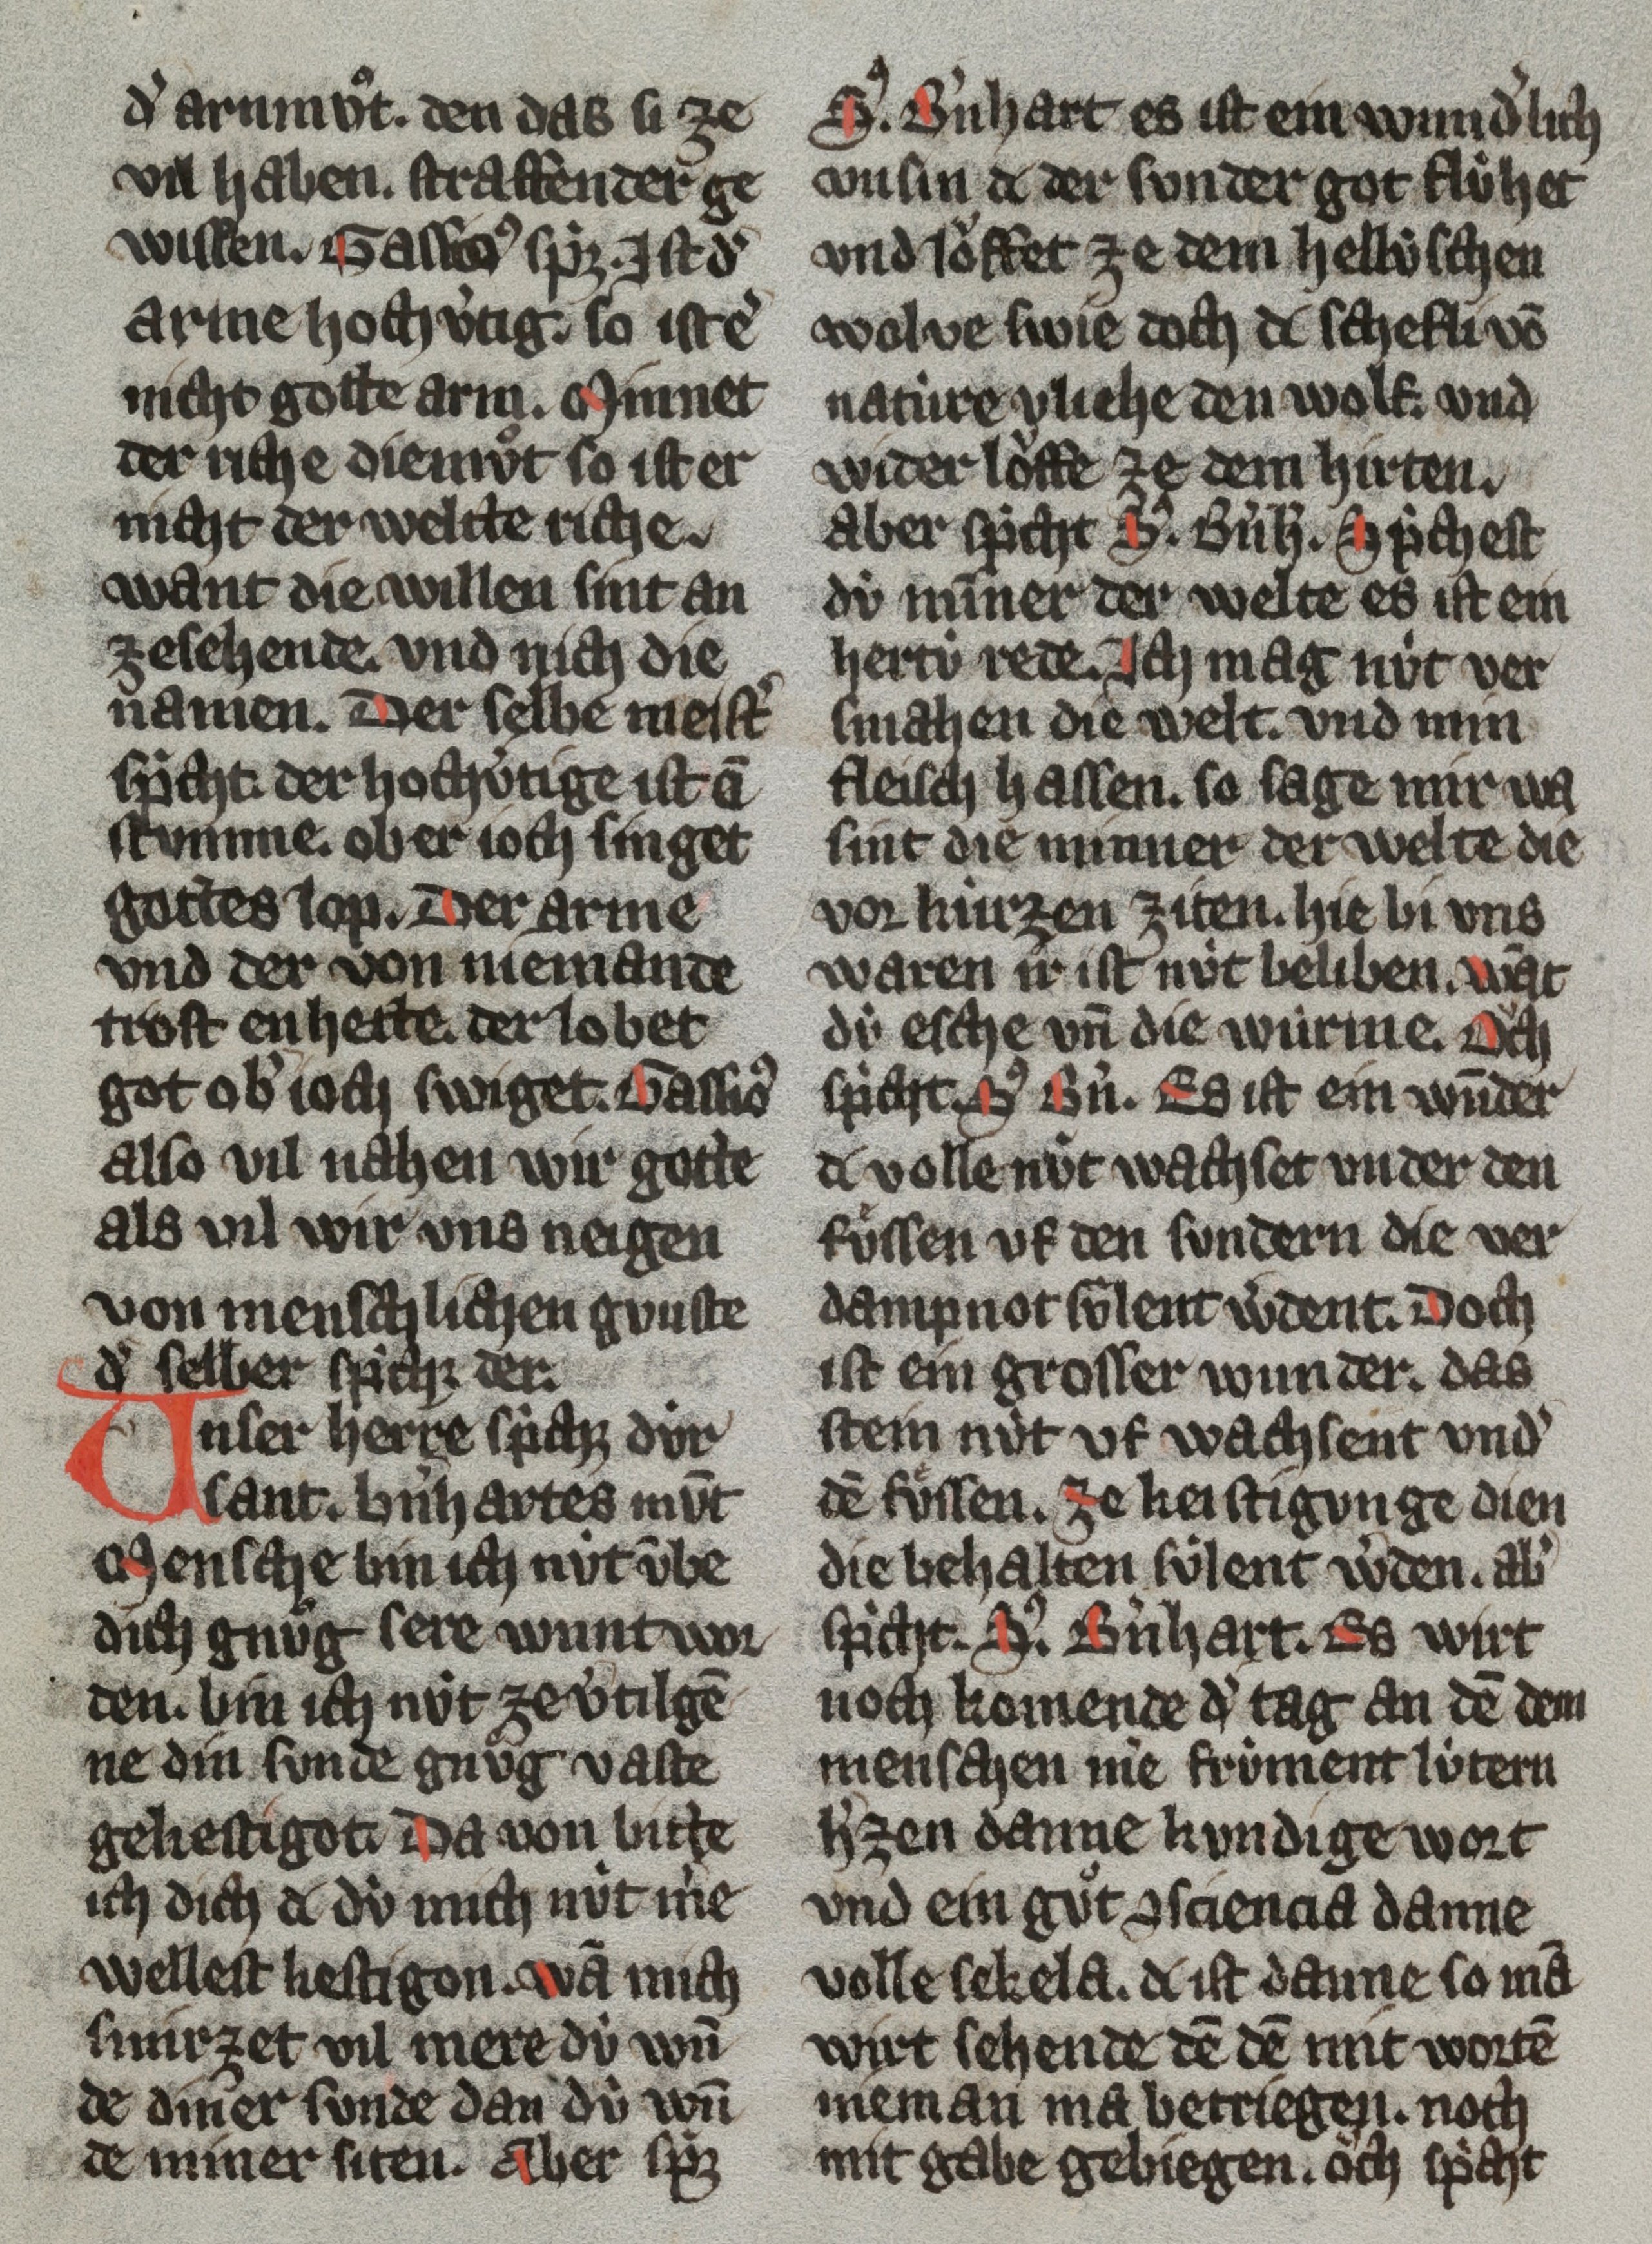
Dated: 1300–1399